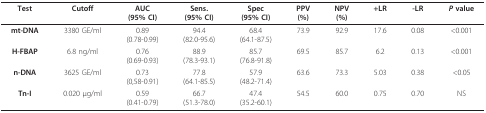
| Test | Cutoff | AUC(95% CI) | Sens.(95% CI) | Spec(95% CI) | PPV(%) | NPV(%) | +LR | -LR | P value |
 | --- | --- | --- | --- | --- | --- | --- | --- | --- | --- |
 | mt-DNA | 3380 GE/ml | 0.89(0.78-0.99) | 94.4(82.0-95.6) | 68.4(64.1-87.5) | 73.9 | 92.9 | 17.6 | 0.08 | <0.001 |
 | H-FBAP | 6.8 ng/ml | 0.76(0.69-0.93) | 88.9(78.3-93.1) | 85.7(76.8-91.8) | 69.5 | 85.7 | 6.2 | 0.13 | <0.001 |
 | n-DNA | 3625 GE/ml | 0.73(0,58-0.91) | 77.8(64.1-85.5) | 57.9(48.2-71.4) | 63.6 | 73.3 | 5.03 | 0.38 | <0.05 |
 | Tn-I | 0.020 μg/ml | 0.59(0.41-0.79) | 66.7(51.3-78.0) | 47.4(35.2-60.1) | 54.5 | 60.0 | 0.75 | 0.70 | NS |